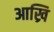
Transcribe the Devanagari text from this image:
आख्रि